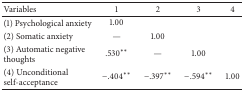
<table><thead><tr><td><b>Variables </b></td><td><b>1</b></td><td><b>2</b></td><td><b>3</b></td><td><b>4</b></td></tr></thead><tbody><tr><td>(1) Psychological anxiety </td><td>1.00</td><td> </td><td> </td><td> </td></tr><tr><td>(2) Somatic anxiety</td><td>—</td><td>1.00</td><td> </td><td> </td></tr><tr><td>(3) Automatic negative thoughts</td><td>.530**</td><td>—</td><td>1.00</td><td> </td></tr><tr><td>(4) Unconditional self-acceptance</td><td>−.404**</td><td>−.397**</td><td>−.594**</td><td>1.00</td></tr></tbody></table>